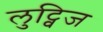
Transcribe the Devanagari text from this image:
लुट्विज